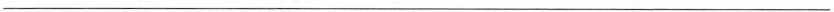
——————